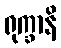
ရုက္ခာနိ